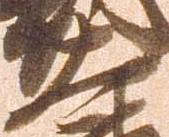
大